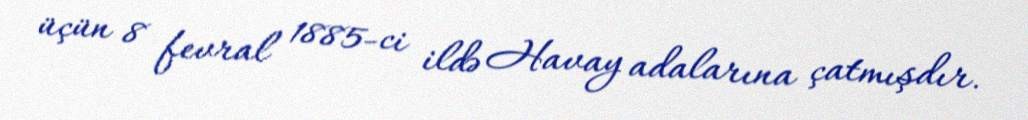
üçün 8 fevral 1885-ci ildə Havay adalarına çatmışdır.